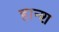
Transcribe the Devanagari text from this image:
हान्श